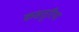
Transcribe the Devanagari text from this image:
कसतुरिया